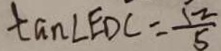
\tan \angle E D C = \frac { 1 2 } { 5 }